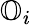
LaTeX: \mathbb{O}_{i}